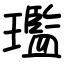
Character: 璼